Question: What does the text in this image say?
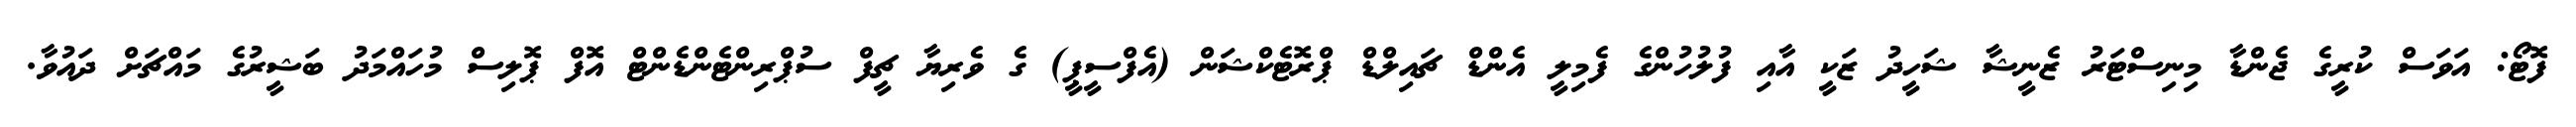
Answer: ފޮޓޯ: އަވަސް ކުރީގެ ޖެންޑާ މިނިސްޓަރު ޒެނީޝާ ޝަހީދު ޒަކީ އާއި ފުލުހުންގެ ފެމިލީ އެންޑް ޗައިލްޑް ޕްރޮޓެކްޝަން (އެފްސީޕީ) ގެ ވެރިޔާ ޗީފް ސުޕްރިންޓެންޑެންޓް އޮފް ޕޮލިސް މުހައްމަދު ބަޝީރުގެ މައްޗަށް ދައުވާ.